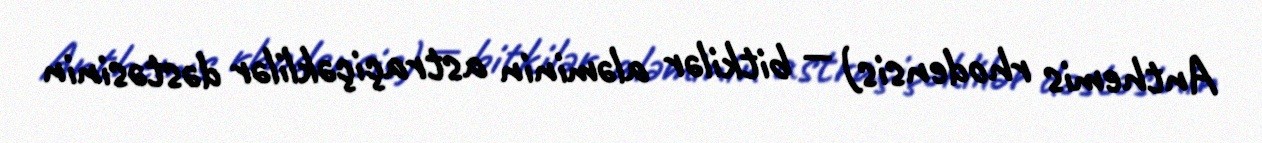
Anthemis rhodensis) — bitkilər aləminin astraçiçəklilər dəstəsinin